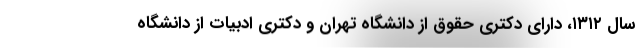
سال ۱۳۱۲، دارای دکتری حقوق از دانشگاه تهران و دکتری ادبیات از دانشگاه